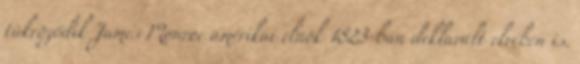
tükröződik James Monroe amerikai elnök 1823-ban deklarált elvében is.